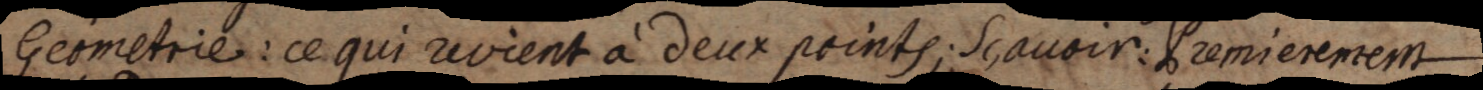
Geometrie: ce qui revient à deux points; Sçavoir: Premierement